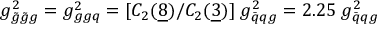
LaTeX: g _ { \tilde { g } \tilde { g } g } ^ { 2 } = g _ { g g q } ^ { 2 } = [ C _ { 2 } ( { \underline { { 8 } } } ) / C _ { 2 } ( { \underline { { 3 } } } ) ] \; g _ { \bar { q } q g } ^ { 2 } = 2 . 2 5 \; g _ { \bar { q } q g } ^ { 2 }